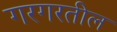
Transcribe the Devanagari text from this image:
गरगरतील